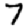
Digit: 7